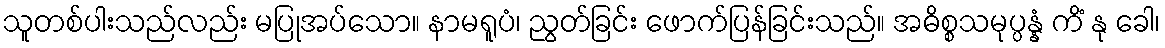
သူတစ်ပါးသည်လည်း မပြုအပ်သော။ နာမရူပံ၊ ညွတ်ခြင်း ဖောက်ပြန်ခြင်းသည်။ အဓိစ္စသမုပ္ပန္နံ ကိံ နု ခေါ၊